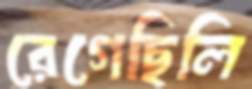
রেগেছিলি